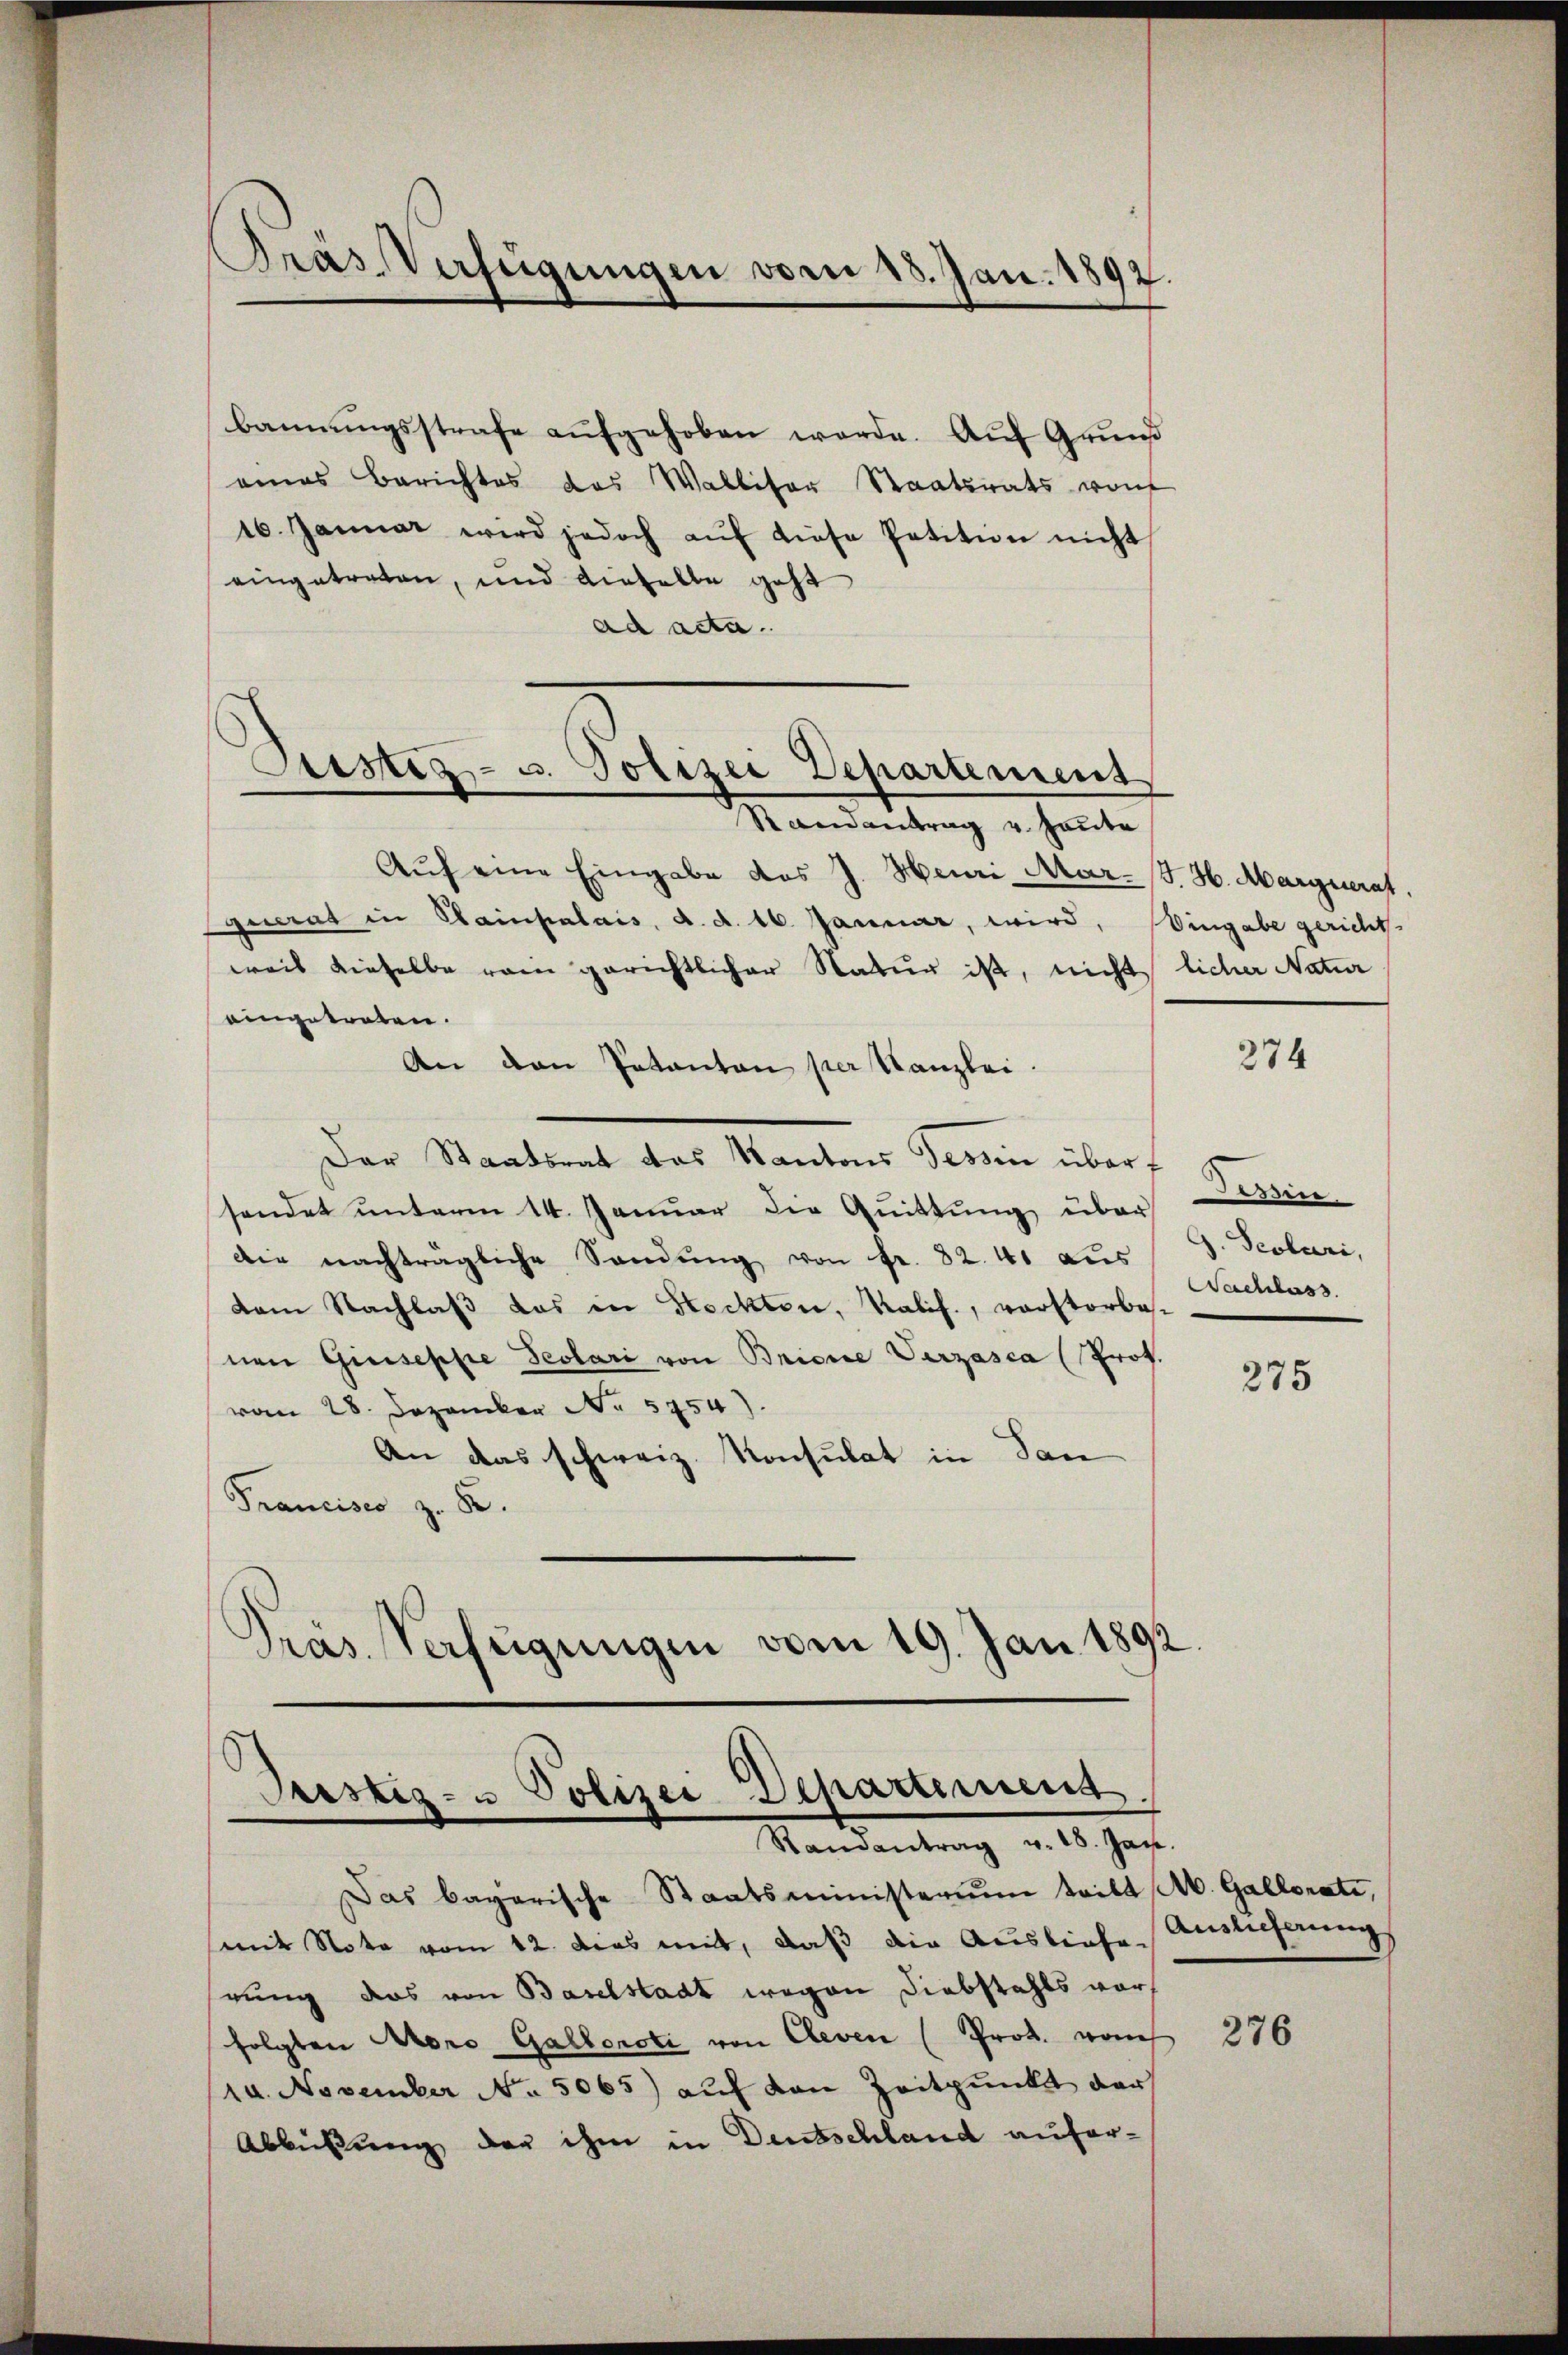
Pras Verfügungen vom 18. Jan. 1892.

bannungsstrafe aufgehoben werde. Auf Grund
eines Berichtes das Walliser Staatsrats von
16. Januar wird jedoch aŭf diese Petition nicht
eingetreten, und dieselle geht
ad acta.
Randantrag u. heute
Aŭf eine Eingabe des J. Heuri Mar-/J. H. Marguerat.
Generat in Hainpalais, d. d. 16. Januar, wird, Eingabe gericht.
weil dieselbe rein gerichtlicher Natur ist, nicht
eingetreten.
An den Patanton per Kanzlei
Der Staatsrat das Kantons Tessin über f
sendet unterm 14. Januar die Quittung über
Die nachträgliche Sandung von Fr. 82. 41 aus
vam Nachlaß das in Steckten, Kalif., verstorbe-
nen Giuseppe Teolari von Brione Verzasca (Prof.
vom 28. Dezember No. 5954).
An das schweiz. Konsulat in San
Francisco z. B.
Präs. Verfügungen vom 19. Jan. 1892

Justiz- u. Polizei Departement

Justiz- u Polizei Departimung.
Randantrag v. 18. Jan.

Das bayerische Staatsministerium tritt A. Gallorati,
mit Note vom 12. dies mit, daß die Ausliefe
rung das von Baselstadt wegen Diebstahls vorfolgten Azoro Gallorati von Reven (Prod. von
10. November No. 5065) auf von Zeitpunkt der
Abbüßung der ihm in Deutschland aufer¬

licher Natur

274

ssin.
J. Peoluri,
Wachlass

275

Auslicherung

276